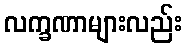
လက္ခဏာများလည်း